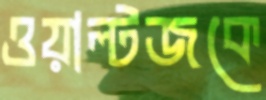
ওয়াল্টজকে